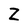
Character: Z